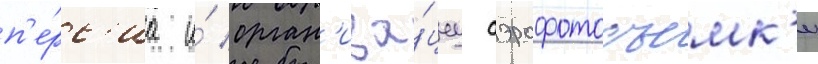
п'е́рс'иа и́ орган'иза́циу аэрофотосъемк'и